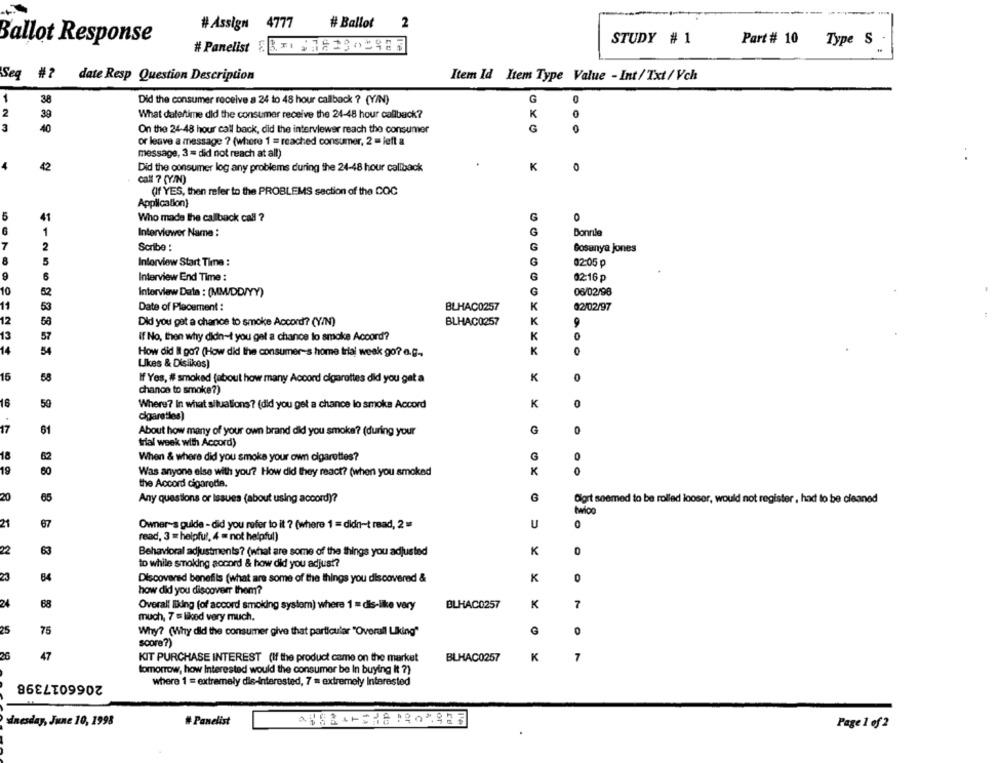
# Assign 4777
# Ballot
2
Ballot Response
#Panelist 5 3x1 $122302923
STUDY # 1
Part # 10
Type S
Seq #?
date Resp Question Description
Item Id Item Type Value - Int / Txt / Vch
1
Did the consumer receive a 24 to 48 hour callback ? (Y/N)
G
38
2
39
What date/time did the consumer receive the 24-48 hour callback?
K
3
40
On the 24-48 hour call back, did the interviewer reach the consumer
G
or leave a message ? (where 1 = reached consumer, 2 = left a
message, 3 = did not reach at all)
4
42
Did the consumer log any problems during the 24-48 hour callback
K
0
call ? (Y/N)
(If YES, then refer to the PROBLEMS section of the COC
Application)
5
31
Who made the callback call ?
0
1
Interviewer Name :
Bonnile
2
Scribe :
Gosanya jones
8
Inforview Start Time :
02:05
6
G
9
Interview End Time :
02-16 ₽
10
52
G
06/02/98
Interview Date : (MM/DD/YY)
K
11
53
Date of Placement :
BLHAC0257
02/02/97
12
K
Did you gat a chance to smoke Accord? (Y/N)
BLHAC0257
9
13
K
If No, then why didn-t you get a chance to smoke Accord?
14
54
K
O
How did Il go? (How did the consumer-s home trial weak go? e.g .,
Likes & Dislikes)
15
58
If Yes, # smoked {about how many Accord cigarettes did you get a
K
chance to smoke?)
16
50
Where? In what situations? (did you get a chance lo smoke Accord
K
cigaretles)
17
61
About how many of your own brand did you smoke? (during your
G
trial week with Accord)
62
When & where did you smoke your own cigarettes?
G
0
19
60
Was anyone else with you? How did they react? (when you smoked
K
the Accord cigarodie.
20
65
G
Any questions or Issues (about using accord)?
Dlgrt seemed to be rolled looser, would not register, had to be cleaned
twice
21
67
Owner's guide - did you refer to it ? (where 1 = didn-t read, 2 =
U
0
read, 3 = helpful, 4 = not helpful)
2
Behavioral adjustments? (what are some of the things you adjusted
K
to while smoking accord & how did you adjust?
84
Discovered benefits (what are some of the things you discovered &
K
how did you discoverr them?
24
68
7
Overall liking (of accord smoking system) where 1 = dis-like very
BLHAC0257
K
much, 7 = liked very much.
25
75
Why? (Why did the consumer give that particular "Overall Liking"
0
score ?)
26
47
KIT PURCHASE INTEREST (If the product came on the market
K
7
BLHAC0257
tomorrow, how Interested would the consumer be In buying it ?)
2066017398
where 1 = extremely die-interested, 7 = extremely Interested
sinesday, June 10, 1998
# Panelist
Page 1 of 2